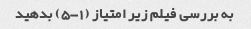
به بررسی فیلم زیر امتیاز (1-5) بدهید